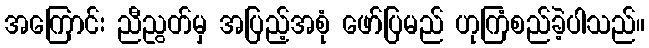
အကြောင်း ညီညွတ်မှ အပြည့်အစုံ ဖော်ပြမည် ဟုကြံစည်ခဲ့ပါသည်။